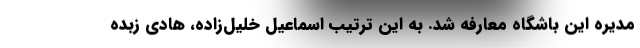
مدیره این باشگاه معارفه شد. به این ترتیب اسماعیل خلیل‌زاده، هادی زبده